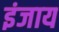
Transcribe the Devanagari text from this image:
इंजाय